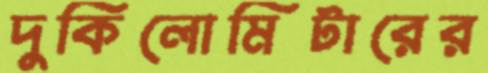
দুকিলোমিটারের